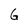
Character: G